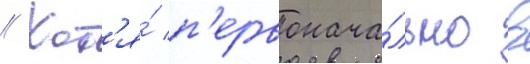
// Хот'я́ п'ервонача́льно в